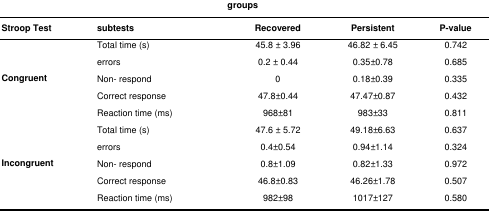
<table><thead><tr><td><b>Stroop Test</b></td><td><b>subtests</b></td><td><b>Recovered</b></td><td><b>Persistent</b></td><td><b>P-value</b></td></tr></thead><tbody><tr><td rowspan="5"><b>Congruent</b></td><td>Total time (s)</td><td>45.8 ± 3.96</td><td>46.82 ± 6.45</td><td>0.742</td></tr><tr><td>errors</td><td>0.2 ± 0.44</td><td>0.35±0.78</td><td>0.685</td></tr><tr><td>Non- respond</td><td>0</td><td>0.18±0.39</td><td>0.335</td></tr><tr><td>Correct response</td><td>47.8±0.44</td><td>47.47±0.87</td><td>0.432</td></tr><tr><td>Reaction time (ms)</td><td>968±81</td><td>983±33</td><td>0.811</td></tr><tr><td rowspan="5"><b>Incongruent</b></td><td>Total time (s)</td><td>47.6 ± 5.72</td><td>49.18±6.63</td><td>0.637</td></tr><tr><td>errors</td><td>0.4±0.54</td><td>0.94±1.14</td><td>0.324</td></tr><tr><td>Non- respond</td><td>0.8±1.09</td><td>0.82±1.33</td><td>0.972</td></tr><tr><td>Correct response</td><td>46.8±0.83</td><td>46.26±1.78</td><td>0.507</td></tr><tr><td>Reaction time (ms)</td><td>982±98</td><td>1017±127</td><td>0.580</td></tr></tbody></table>